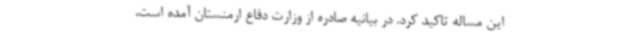
این مساله تاکید کرد. در بیانیه صادره از وزارت دفاع ارمنستان آمده است،